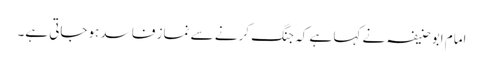
امام ابوحنیفہ نے کہا ہے کہ جنگ کرنے سے نماز فاسد ہوجاتی ہے۔